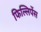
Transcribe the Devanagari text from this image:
फिल्लिपेंस